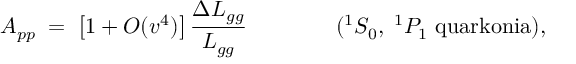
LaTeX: A _ { p p } \; = \; \left[ 1 + { \cal O } ( v ^ { 4 } ) \right] { \frac { \Delta { \cal L } _ { g g } } { { \cal L } _ { g g } } } \qquad \qquad ( { } ^ { 1 } S _ { 0 } , \; { } ^ { 1 } P _ { 1 } \mathrm { \ q u a r k o n i a } ) ,